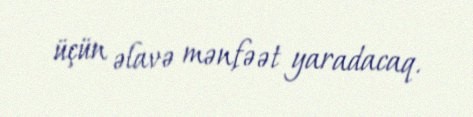
üçün əlavə mənfəət yaradacaq.